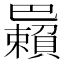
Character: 𢁑